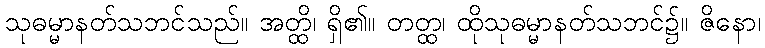
သုဓမ္မာနတ်သဘင်သည်။ အတ္ထိ၊ ရှိ၏။ တတ္ထ၊ ထိုသုဓမ္မာနတ်သဘင်၌။ ဇိနော၊